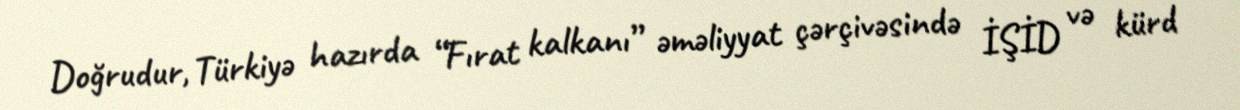
Doğrudur, Türkiyə hazırda “Fırat kalkanı” əməliyyat çərçivəsində İŞİD və kürd